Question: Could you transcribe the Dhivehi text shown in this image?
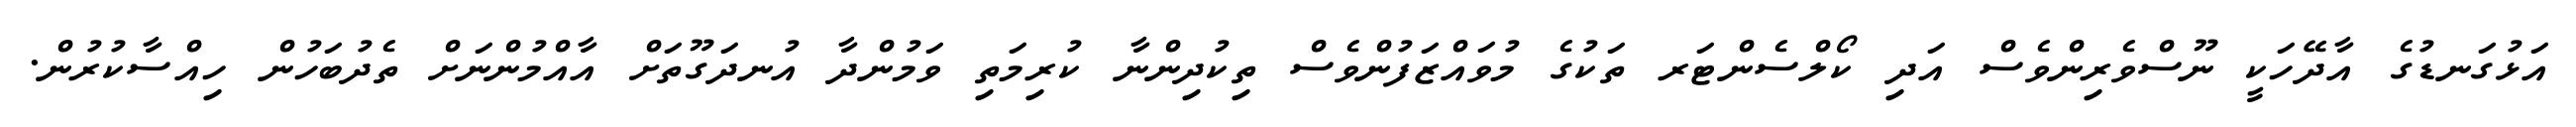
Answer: އަޅުގަނޑުގެ އާދޭހަކީ ނޫސްވެރިންވެސް އަދި ކޯލްސެންޓަރ ތަކުގެ މުވައްޒަފުންވެސް ތިކުދިންނާ ކުރިމަތި ވަމުންދާ އުނދަގޫތަށް އާއްމުންނަށް ތެދުބަހުން ހިއްސާކުރުން.